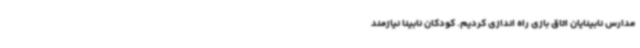
مدارس نابینایان اتاق بازی راه اندازی کردیم. کودکان نابینا نیازمند